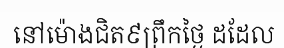
នៅម៉ោងជិត៩ព្រឹកថ្ងៃ ដដែល